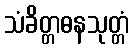
သံခိတ္တဓနသုတ္တံ